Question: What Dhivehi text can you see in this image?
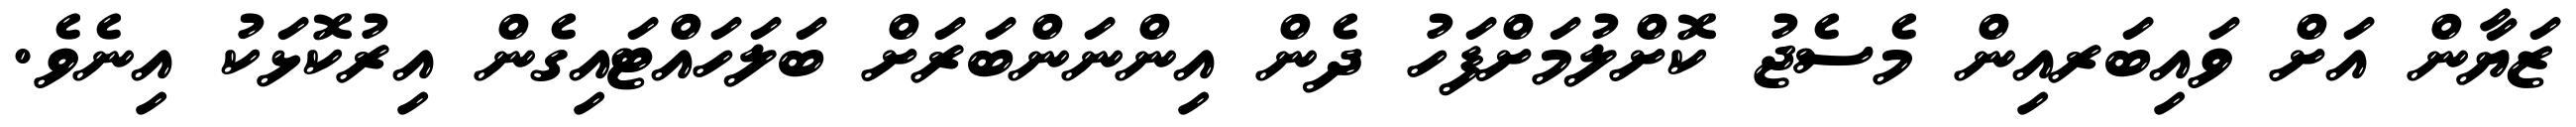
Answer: ޒަޔާން އަށް ވައިބަރއިން މެސެޖު ކޮށްލުމަށްފަހު ދެން އިންނަންބަރަށް ބަލަހައްޓައިގެން އިރުކޮޅަކު އިނެވެ.